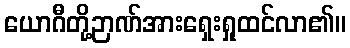
ယောဂီတို့ဉာဏ်အားရှေးရှုထင်လာ၏။